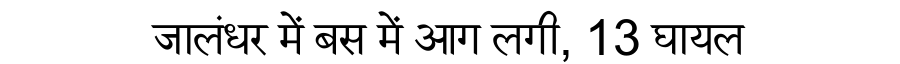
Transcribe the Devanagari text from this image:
जालंधर में बस में आग लगी, 13 घायल